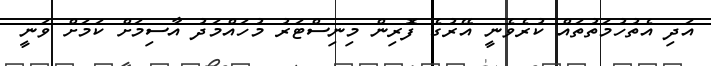
އަދި އެތުހުމަތުތައް ކުރެވެނީ އޭރުގެ ފޮރިން މިނިސްޓަރު މުހައްމަދު އާސިމަށް ކަަމަށް ވަނީ